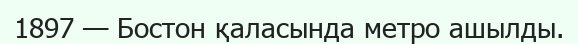
1897 — Бостон қаласында метро ашылды.